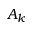
A _ { k }